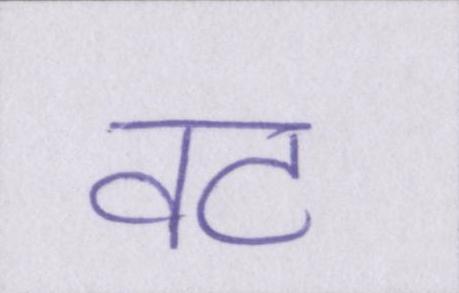
वट